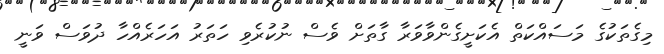
މިގެތަކުގެ މަސައްކަތް އެކަށީގެންވާވަރާ ގާތަށް ވެސް ނުކުރެވި ހަތަރު އަހަރެއްހާ ދުވަސް ވަނީ